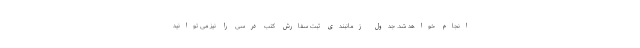
انجام خواهد شد. جدول زمانبندی ثبت سفارش کتب درسی را نیز می توانید